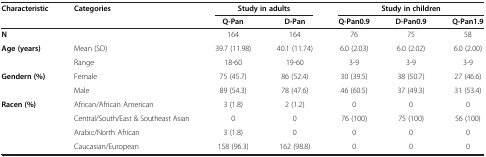
<table><thead><tr><td><b>Characteristic</b></td><td><b>Categories</b></td><td colspan="2"><b>Study in adults</b></td><td colspan="3"><b>Study in children</b></td></tr><tr><td><b> </b></td><td><b> </b></td><td><b>Q-Pan</b></td><td><b>D-Pan</b></td><td><b>Q-Pan0.9</b></td><td><b>D-Pan0.9</b></td><td><b>Q-Pan1.9</b></td></tr></thead><tbody><tr><td><b>N</b></td><td> </td><td>164</td><td>164</td><td>76</td><td>75</td><td>58</td></tr><tr><td rowspan="2"><b>Age </b><b>(years)</b></td><td>Mean (SD)</td><td>39.7 (11.98)</td><td>40.1 (11.74)</td><td>6.0 (2.03)</td><td>6.0 (2.02)</td><td>6.0 (2.00)</td></tr><tr><td>Range</td><td>18-60</td><td>19-60</td><td>3-9</td><td>3-9</td><td>3-9</td></tr><tr><td rowspan="2"><b>Gendern </b><b>(%)</b></td><td>Female</td><td>75 (45.7)</td><td>86 (52.4)</td><td>30 (39.5)</td><td>38 (50.7)</td><td>27 (46.6)</td></tr><tr><td>Male</td><td>89 (54.3)</td><td>78 (47.6)</td><td>46 (60.5)</td><td>37 (49.3)</td><td>31 (53.4)</td></tr><tr><td rowspan="3"><b>Racen </b><b>(%)</b></td><td>African/African American</td><td>3 (1.8)</td><td>2 (1.2)</td><td>0</td><td>0</td><td>0</td></tr><tr><td>Central/South/East &amp; Southeast Asian</td><td>0</td><td>0</td><td>76 (100)</td><td>75 (100)</td><td>56 (100)</td></tr><tr><td>Arabic/North African</td><td>3 (1.8)</td><td>0</td><td>0</td><td>0</td><td>0</td></tr><tr><td> </td><td>Caucasian/European</td><td>158 (96.3)</td><td>162 (98.8)</td><td>0</td><td>0</td><td>0</td></tr></tbody></table>